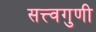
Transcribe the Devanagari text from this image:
सत्त्वगुणी